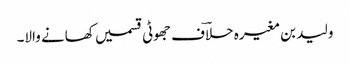
ولید بن مغیرہ حلاؔف جھوٹی قسمیں کھانے والا۔